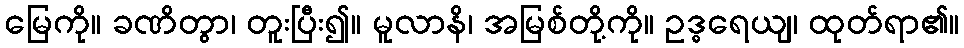
မြေကို။ ခဏိတွာ၊ တူးပြီး၍။ မူလာနိ၊ အမြစ်တို့ကို။ ဥဒ္ဓရေယျ၊ ထုတ်ရာ၏။